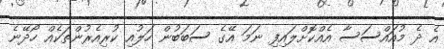
އެ ދެ މުއައްސަސާ އެއްކޮށްލައިފި ނަމަ އޭގެ ސަބަބުން ހަލުއި ކުރިއެރުންތަކެއް ހޯދޭނެ